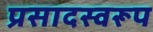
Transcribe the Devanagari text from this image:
प्रसादस्‍वरूप